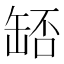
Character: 𦈶